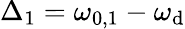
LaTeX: \Delta_{1}=\omega_{0,1}-\omega_{\mathrm{d}}